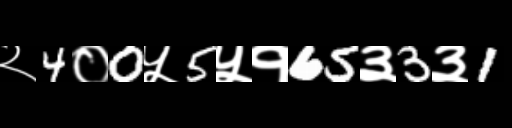
Text: २4०0५5५१65३3३1